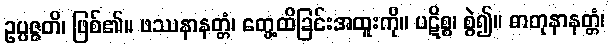
ဥပ္ပဇ္ဇတိ၊ ဖြစ်၏။ ဖဿနာနတ္တံ၊ တွေ့ထိခြင်းအထူးကို။ ပဋိစ္စ၊ စွဲ၍။ ဓာတုနာနတ္တံ၊